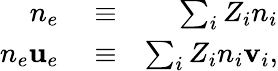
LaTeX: \begin{array}{rlr}{n_{e}}&{{}\equiv}&{\sum_{i}Z_{i}n_{i}}\\ {n_{e}\textbf{u}_{e}}&{{}\equiv}&{\sum_{i}Z_{i}n_{i}\textbf{v}_{i},}\end{array}